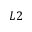
L 2